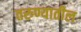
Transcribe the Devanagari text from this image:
तरुण्यातील